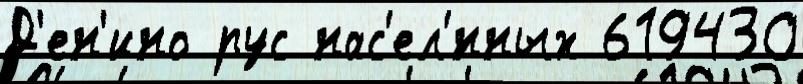
Д'ен'ино рус нас'ел'́нных 619430